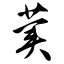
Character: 荬